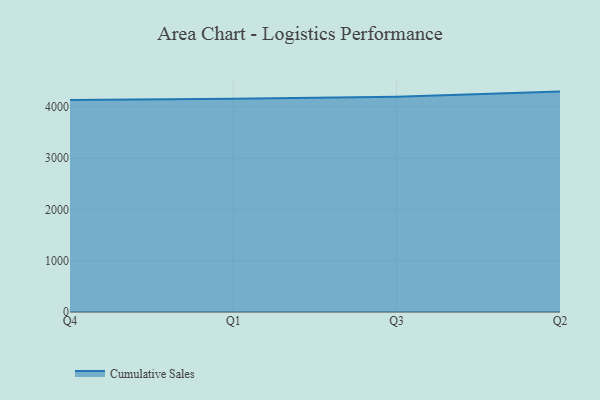
{"axis": {"x": "Quarter", "y": "Conversion Rate (%)"}, "legend": ["Cumulative Sales"], "data": [{"x": "Q4", "y": 4134.9, "type": "Cumulative Sales"}, {"x": "Q1", "y": 4156.9, "type": "Cumulative Sales"}, {"x": "Q3", "y": 4194.1, "type": "Cumulative Sales"}, {"x": "Q2", "y": 4296.7, "type": "Cumulative Sales"}]}